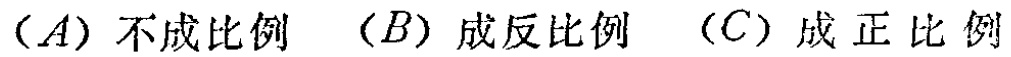
$(A)\ 不成比例\ \ (B)\ 成反比例\ \ (C)\ 成正比例$